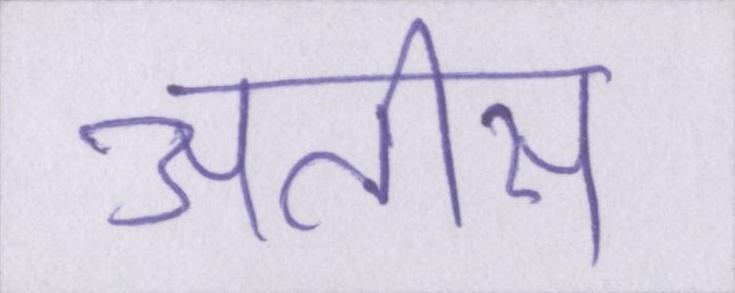
अतीस